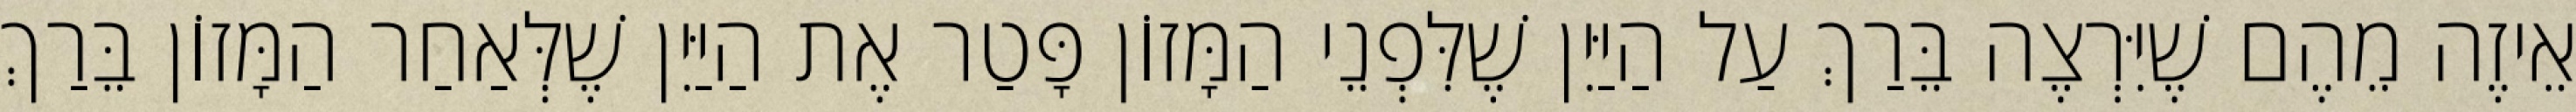
אֵיזֶה מֵהֶם שֶׁיִּרְצֶה בֵּרַךְ עַל הַיַּיִן שֶׁלִּפְנֵי הַמָּזוֹן פָּטַר אֶת הַיַּיִן שֶׁלְּאַחַר הַמָּזוֹן בֵּרַךְ